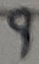
Text: 9